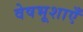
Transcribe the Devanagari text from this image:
वेषभूशाएँ